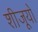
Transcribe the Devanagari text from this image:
शीजूयो